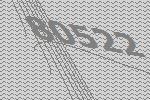
80522